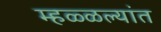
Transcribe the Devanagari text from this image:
म्हळ्ळल्यांत